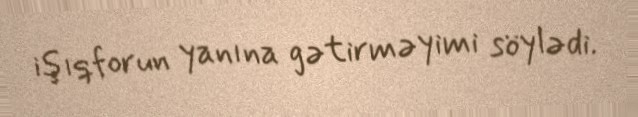
işıqforun yanına gətirməyimi söylədi.